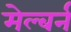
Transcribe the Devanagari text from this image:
मेल्बर्न